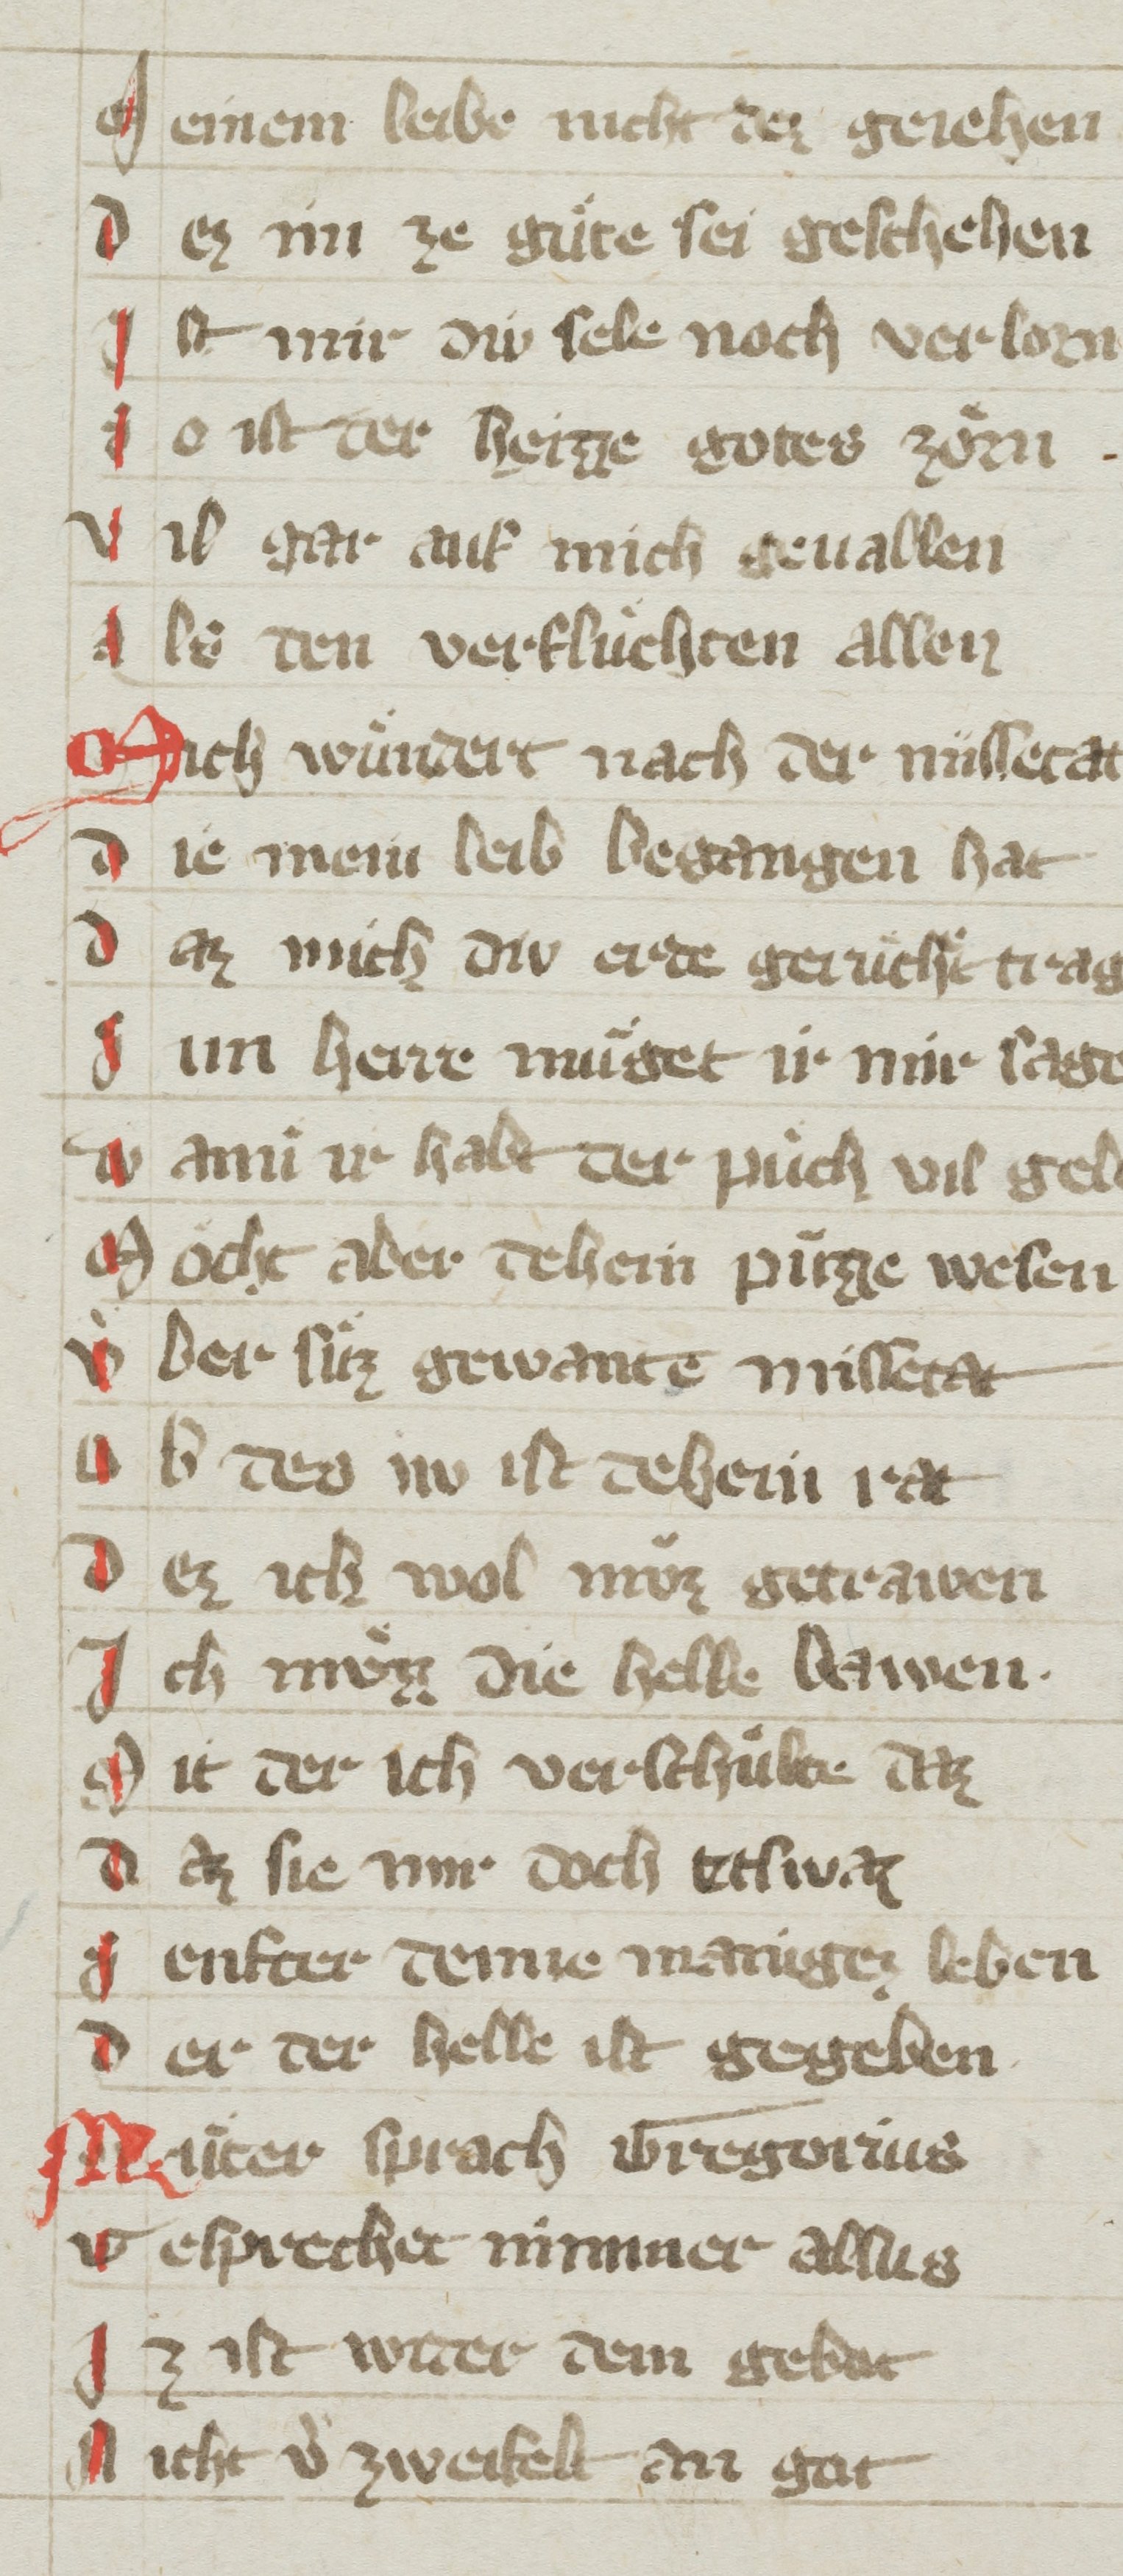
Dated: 1350–1399